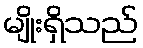
မျိုးရှိသည်